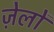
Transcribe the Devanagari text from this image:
ज़ेलों